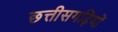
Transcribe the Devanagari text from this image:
छत्तीसगढ़ियों